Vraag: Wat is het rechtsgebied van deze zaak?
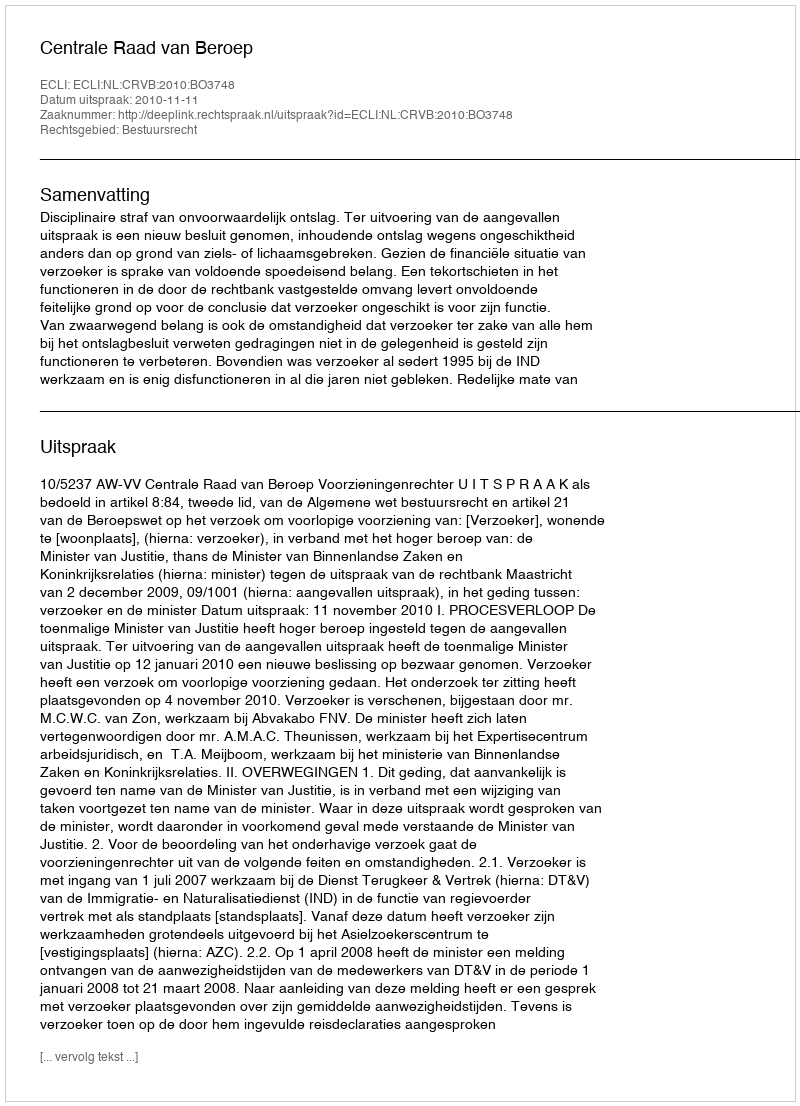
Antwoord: Bestuursrecht